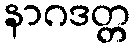
နာဂဒတ္တ